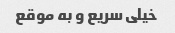
خیلی سریع و به موقع